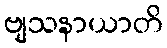
ဗျသနာယာတိ